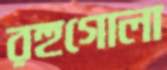
রহুগোলা